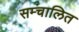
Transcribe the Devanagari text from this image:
सम्चालित